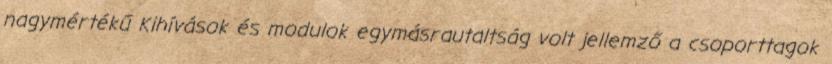
nagymértékű Kihívások és modulok egymásrautaltság volt jellemző a csoporttagok